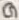
Text: G